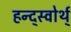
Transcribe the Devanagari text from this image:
हन्द्स्वोर्थ्